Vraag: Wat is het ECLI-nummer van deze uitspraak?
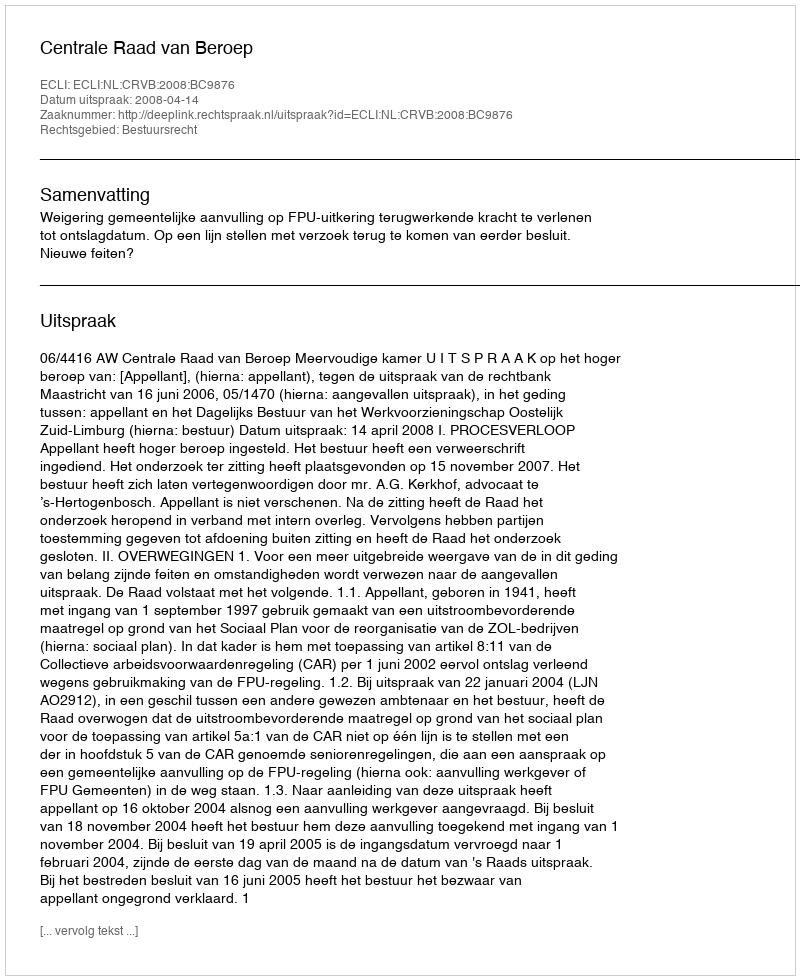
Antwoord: ECLI:NL:CRVB:2008:BC9876